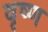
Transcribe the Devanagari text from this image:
वृष्ण